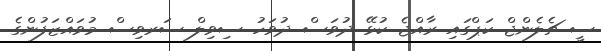
ސީ ޗެލެންޖް ކަޕްގައި ރާއްޖެ ކުޅޭ ދުވަސް ދުވަހު ސިވިލް ސަރވިސް މުވައްޒަފުންގެ